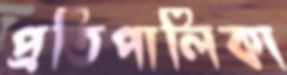
প্রতিপালিকা